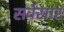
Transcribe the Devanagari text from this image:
सर्वसार